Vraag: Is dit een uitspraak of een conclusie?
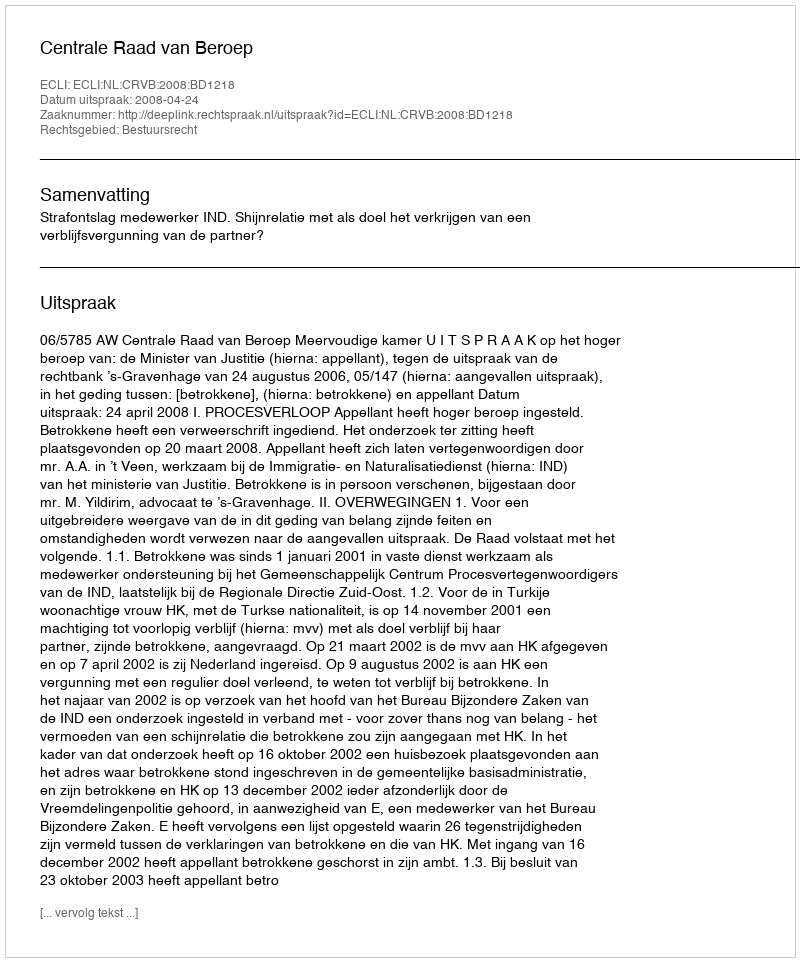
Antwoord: Uitspraak